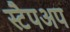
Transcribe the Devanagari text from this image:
स्टैपअप